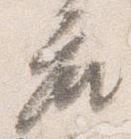
座